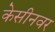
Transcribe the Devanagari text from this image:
केसीनवर